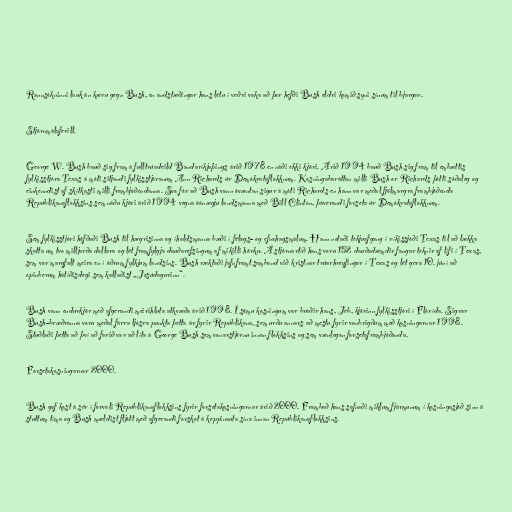
Rannsókninni lauk án kæru gegn Bush, en andstæðingar hans létu í veðri vaka að þar hefði Bush eldri komið syni sínum til bjargar.

Stjórnmálaferill.

George W. Bush bauð sig fram á fulltrúadeild Bandaríkjaþings árið 1978 en náði ekki kjöri. Árið 1994 bauð Bush sig fram til embættis
fylkisstjóra Texas á móti sitjandi fylkisstjóranum Ann Richards úr Demókrataflokknum. Kosningabaráttan milli Bush or Richards þótti sóðaleg og
einkenndist af skítkasti milli frambjóðendanna. Svo fór að Bush vann óvæntan sigur á móti Richards en hann var meðal fjölmargra frambjóðenda
Repúblikanaflokksins sem náðu kjöri árið 1994 vegna óánægju landsmanna með Bill Clinton, þáverandi forseta úr Demókrataflokknum.

Sem fylkisstjóri höfðaði Bush til hægrisinna og íhaldsmanna bæði í félags- og efnahagsmálum. Hann notaði tekjuafgang í ríkissjóði Texas til að lækka
skatta um tvo milljarða dollara og lét framfylgja dauðarefsingum af mikilli hörku. Á stjórnartíð hans voru 152 dauðadæmdir fangar teknir af lífi í Texas,
sem var margfalt meira en í öðrum fylkjum landsins. Bush ræktaði jafnframt samband við kristnar trúarhreyfingar í Texas og lét gera 10. júní að
opinberum hátíðisdegi sem kallaðist „Jesúdagurinn“.

Bush vann endurkjör með afgerandi meirihluta atkvæða árið 1998. Í sömu kosningum var bróðir hans, Jeb, kjörinn fylkisstjóri í Flórída. Sigrar
Bush-bræðranna voru meðal fárra ljósra punkta þetta ár fyrir Repúblikana, sem urðu annars að mestu fyrir vonbrigðum með kosningarnar 1998.
Stuðlaði þetta að því að farið var að líta á George Bush sem vonarstjörnu innan flokksins og sem vænlegan forsetaframbjóðanda.

Forsetakosningarnar 2000.

Bush gaf kost á sér í forvali Repúblikanaflokksins fyrir forsetakosningarnar árið 2000. Framboð hans safnaði miklum fjármunum í kosningasjóð sinn á
stuttum tíma og Bush mældist fljótt með afgerandi forskot á keppinauta sína innan Repúblikanaflokksins.